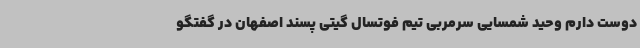
دوست دارم وحید شمسایی سرمربی تیم فوتسال گیتی پسند اصفهان در گفتگو